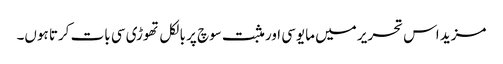
مزید اس تحریر میں مایوسی اور مثبت سوچ پر بالکل تھوڑی سی بات کرتا ہوں۔